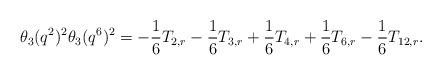
LaTeX: \begin{align*}\theta_3(q^2)^2\theta_3(q^6)^2=-\frac{1}{6}T_{2,r}-\frac{1}{6}T_{3,r}+\frac{1}{6}T_{4,r}+\frac{1}{6}T_{6,r}-\frac{1}{6}T_{12,r}.\end{align*}